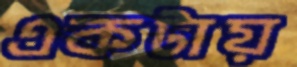
একটায়